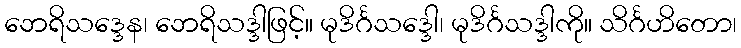
ဘေရိသဒ္ဒေန၊ ဘေရိသဒ္ဒါဖြင့်။ မုဒိင်္ဂသဒ္ဒေါ၊ မုဒိင်္ဂသဒ္ဒါကို။ သိင်္ဂဟိတော၊